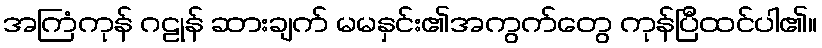
အကြံကုန် ဂဠုန် ဆားချက် မမနှင်း၏အကွက်တွေ ကုန်ပြီထင်ပါ၏။